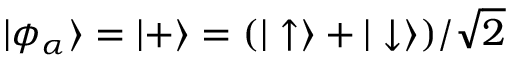
\vert \phi _ { \alpha } \rangle = \vert + \rangle = ( \vert \uparrow \rangle + \vert \downarrow \rangle ) / \sqrt { 2 }